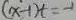
( x - 1 ) t = - 1